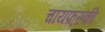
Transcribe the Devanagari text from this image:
चायफ़्स्की